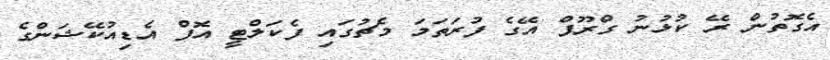
އެގޮތުން ރޭ ކުޅުނު ގްރޫޕް އޭގެ ފުރަތަމަ މެޗުގައި ފެކަލްޓީ އޮފް އެޑިއުކޭޝަންގެ